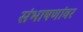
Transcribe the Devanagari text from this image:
संभाषणांवर